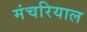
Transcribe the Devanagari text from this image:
मंचरियाल